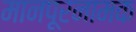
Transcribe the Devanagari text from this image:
मानपूरनामक